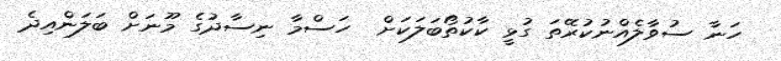
ހަނާ ސުވާލެއްނުކުރޭތަ ގުޅީ ކާކުތޯބަލަކަށް  ހަސްމާ ނިސާދުގެ މޫނަށް ބަލަންއިދެ